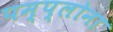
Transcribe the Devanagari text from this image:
पम्प्लोना